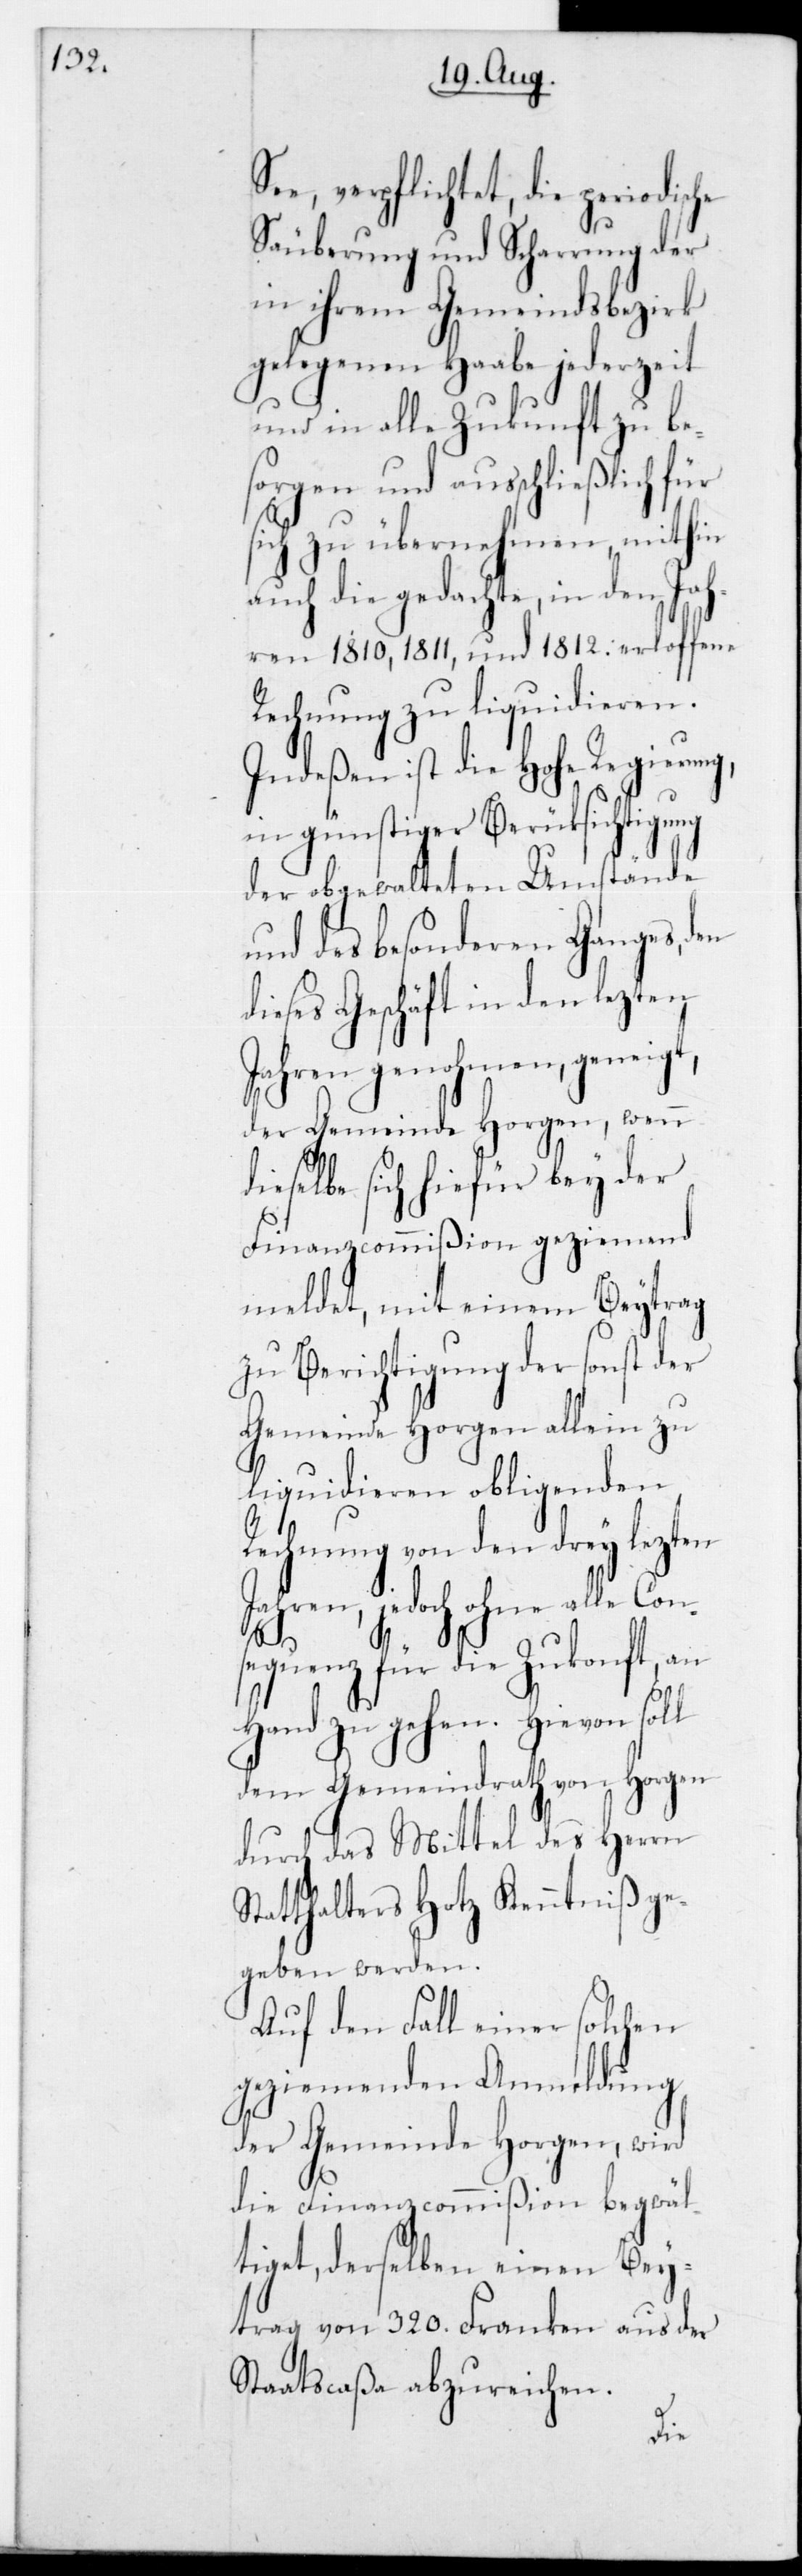
See verpflichtet, die periodisc¬
Säuberung und Scharrung der
in ihrem Gemeindsbezirk
gelegenen Haabe jederzeit
und in alle Zukunft zu be¬
sorgen und ausschließlich für
sich zu übernehmen, mithin
auch die gedachte, in den Ja¬
hren 1810, 1811 und 1812 erloffene
Rechnung zu liquidieren.
Indeßen ist die Hohe Regierung,
in günstiger Berücksichtigung
der obgewalteten Umstände
und des besonderen Ganges, den
dieses Geschäft in den lezten
Jahren genohmen, geneigt,
der Gemeinde Horgen, wenn
selbe sich hiefür bey der
Finanzcommißion geziemend
meldet, mit einem Beytrag
zu Berichtigung der sonst der
Gemeinde Horgen allein zu
liquidieren obliegenden
von den drey lezten
Jahren, jedoch ohne alle Con¬
sequenz für die Zukonft, an
Hand zu gehen. Hievon soll
dem Gemeindrath von Horgen
durch das Mittel des Herrn
Statthalters Hotz Kenntniß ge¬
geben werden.
Auf den Fall einer solchen
geziemenden Anmeldung
der Gemeinde Horgen, wird
die Finanzcommißion begwäl¬
tiget, derselben einen Bey¬
trag von 320 Franken aus der
Staatscaßa abzureichen.
die¬